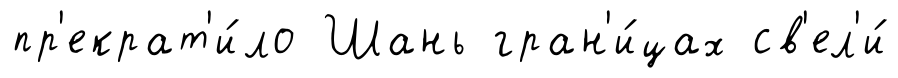
пр'екрат'и́ло Шань гран'и́цах св'ел'и́